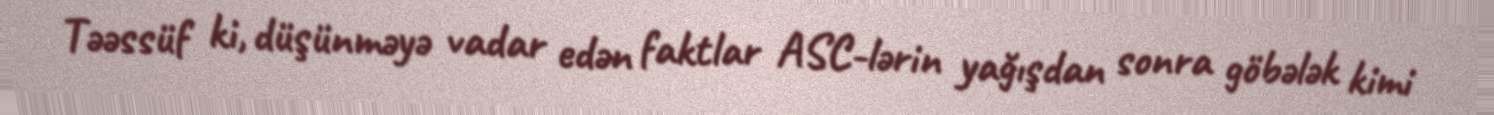
Təəssüf ki, düşünməyə vadar edən faktlar ASC-lərin yağışdan sonra göbələk kimi